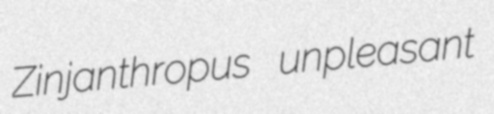
Zinjanthropus unpleasant